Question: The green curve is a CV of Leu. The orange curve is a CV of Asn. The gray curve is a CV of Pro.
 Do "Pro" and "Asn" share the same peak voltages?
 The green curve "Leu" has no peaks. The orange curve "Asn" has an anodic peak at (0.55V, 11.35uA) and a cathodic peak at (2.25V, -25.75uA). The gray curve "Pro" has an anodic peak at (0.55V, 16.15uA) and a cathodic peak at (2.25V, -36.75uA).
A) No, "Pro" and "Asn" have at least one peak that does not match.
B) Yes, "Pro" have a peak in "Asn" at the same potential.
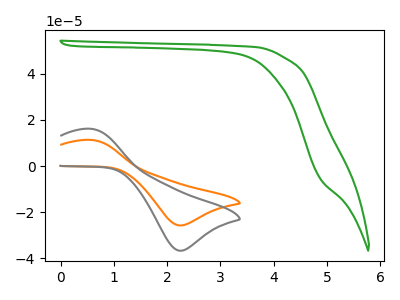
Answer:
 <answer>B) Yes, "Pro" have a peak in "Asn" at the same potential.</answer>
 <eval>B</eval>